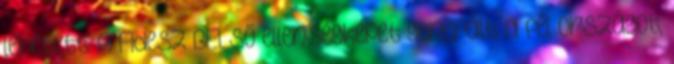
lehetett. A Fidesz BELSŐ ellenségképet generált: a fél országot,